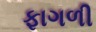
ફાગળી